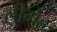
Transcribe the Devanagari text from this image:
लीमेह